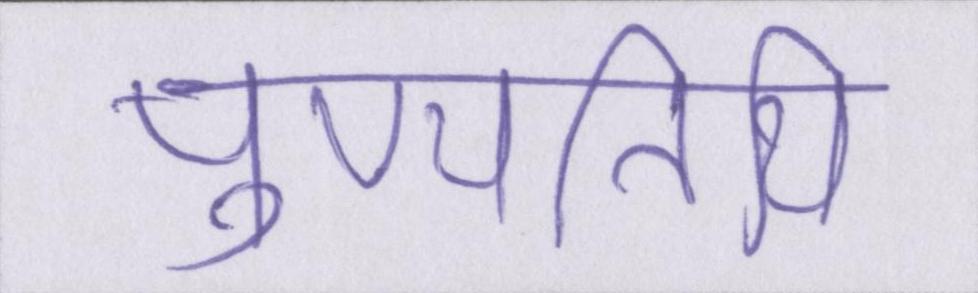
पुण्यतिथि